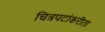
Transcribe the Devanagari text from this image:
चित्रपटांकरीता